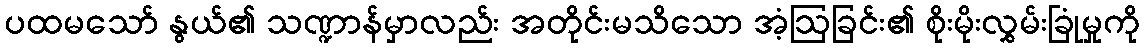
ပထမသော် နွယ်၏ သဏ္ဍာန်မှာလည်း အတိုင်းမသိသော အံ့ဩခြင်း၏ စိုးမိုးလွှမ်းခြုံမှုကို